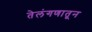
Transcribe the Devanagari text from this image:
तेलंगणातून